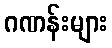
ဂဏန်းများ